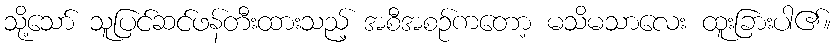
သို့သော် သူပြင်ဆင်ဖန်တီးထားသည့် အစီအစဉ်ကတော့ မသိမသာလေး ထူးခြားပါ၏။